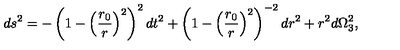
d s ^ { 2 } = - \left( 1 - \left( { \frac { r _ { 0 } } { r } } \right) ^ { 2 } \right) ^ { 2 } d t ^ { 2 } + \left( 1 - \left( { \frac { r _ { 0 } } { r } } \right) ^ { 2 } \right) ^ { - 2 } d r ^ { 2 } + r ^ { 2 } d \Omega _ { 3 } ^ { 2 } ,